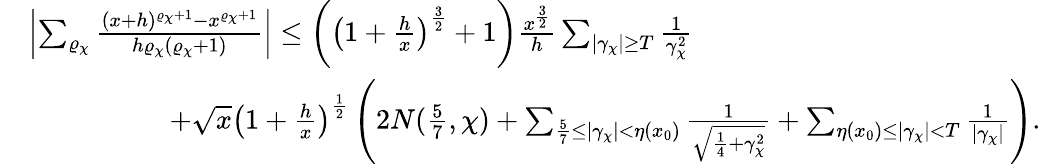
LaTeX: \begin{array}{rl}&{\left|\sum_{\varrho_{\chi}}\frac{(x+h)^{\varrho_{\chi}+1}-x^{\varrho_{\chi}+1}}{h\varrho_{\chi}(\varrho_{\chi}+1)}\right|\leq\bigg(\left(1+\frac{h}{x}\right)^{\frac{3}{2}}+1\bigg)\frac{x^{\frac{3}{2}}}{h}\sum_{|\gamma_{\chi}|\geq T}\frac{1}{\gamma_{\chi}^{2}}}\\ &{\qquad\qquad\quad+\sqrt{x}\left(1+\frac{h}{x}\right)^{\frac{1}{2}}\left(2N(\frac{5}{7},\chi)+\sum_{\frac{5}{7}\leq|\gamma_{\chi}|<\eta(x_{0})}\frac{1}{\sqrt{\frac{1}{4}+\gamma_{\chi}^{2}}}+\sum_{\eta(x_{0})\leq|\gamma_{\chi}|<T}\frac{1}{|\gamma_{\chi}|}\right).}\end{array}